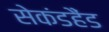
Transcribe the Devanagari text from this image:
सेकंडहैंड